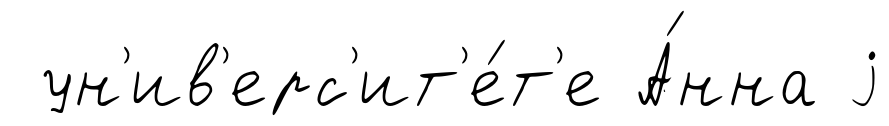
ун'ив'ерс'ит'е́т'е А́нна j